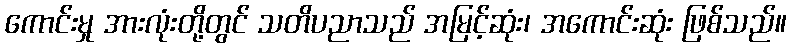
ကောင်းမှု အားလုံးတို့တွင် သတိပညာသည် အမြင့်ဆုံး၊ အကောင်းဆုံး ဖြစ်သည်။